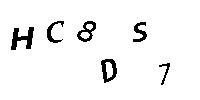
HC8DS7